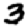
Digit: 3